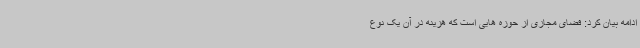
ادامه بیان کرد: فضای مجازی از حوزه هایی است که هزینه در آن یک نوع